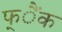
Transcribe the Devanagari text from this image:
फ्ैंक